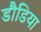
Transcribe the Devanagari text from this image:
डौडिया